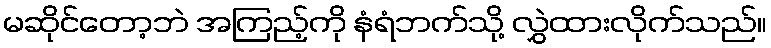
မဆိုင်တော့ဘဲ အကြည့်ကို နံရံဘက်သို့ လွှဲထားလိုက်သည်။